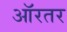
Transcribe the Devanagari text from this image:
ऑरतर